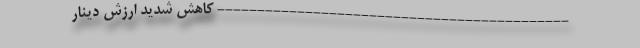
-------------------------------------------- کاهش شدید ارزش دینار